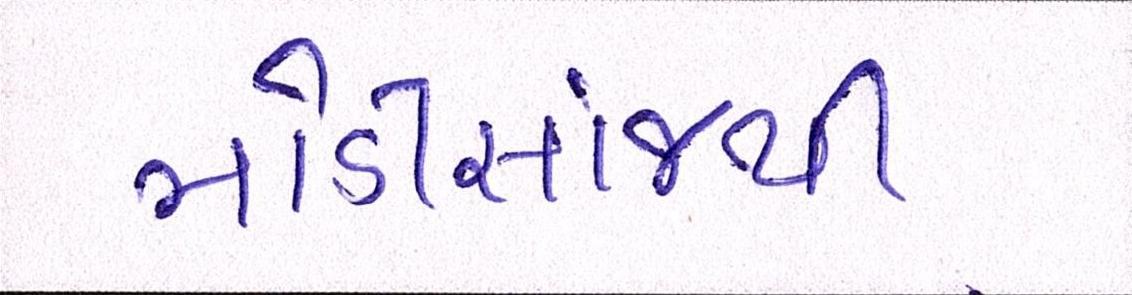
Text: મોડીસાંજથી